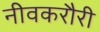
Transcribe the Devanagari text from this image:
नीवकरौरी